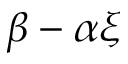
\beta - \alpha \xi